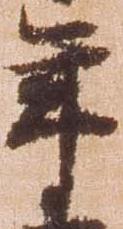
年